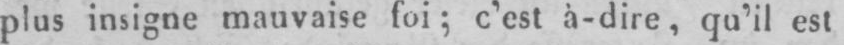
plis insigne mauvaise foi; c’est à-dire, qu’il est